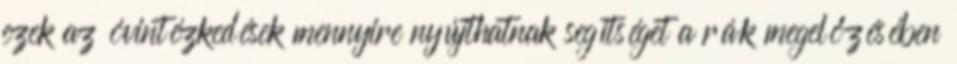
ezek az óvintézkedések mennyire nyújthatnak segítséget a rák megelőzésében